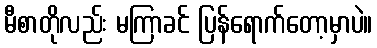
မီစာတိုလည်း မကြာခင် ပြန်ရောက်တော့မှာပဲ။